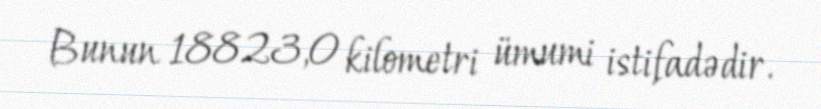
Bunun 18823,0 kilometri ümumi istifadədir.